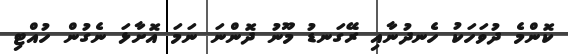
ކޮންމެ ދުވަހަކު ހެނދުނާއި ރޭގަނޑު މޫނު ދޮންނަ ނަމަ އޮށާޅަ ނެގުން ހުއްޓި